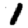
Digit: 1